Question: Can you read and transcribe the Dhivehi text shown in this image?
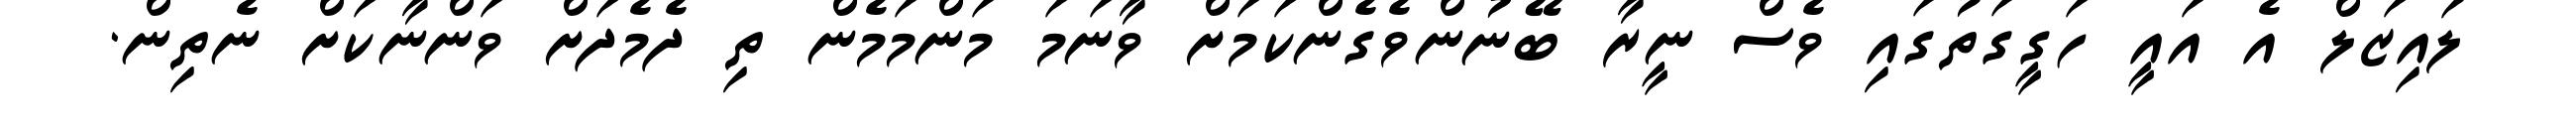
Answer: ލައިޒަލް އެ އައީ ހަގީގަތުގައި ވެސް ނީރާ ބޭނުންވެގެންކަމަށް ވާނަމަ މަންމަމެން ތި ދެމެދަށް ވަންނާކަށް ނެތިން.